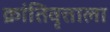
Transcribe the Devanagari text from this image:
क्रांतिवृत्ताला